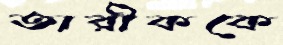
তারীককে